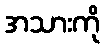
အသားကို